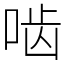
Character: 啮